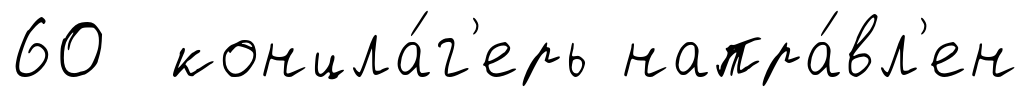
60 концла́г'ерь напра́вл'ен